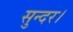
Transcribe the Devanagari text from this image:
सुन्दर।